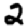
Digit: 2